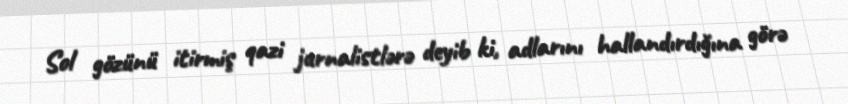
Sol gözünü itirmiş qazi jurnalistlərə deyib ki, adlarını hallandırdığına görə